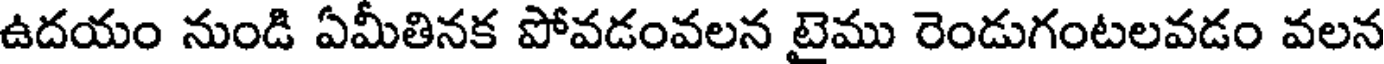
ఉదయం నుండి ఏమీతినక పోవడంవలన టైము రెండుగంటలవడం వలన